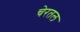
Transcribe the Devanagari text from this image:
चेरतल